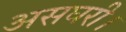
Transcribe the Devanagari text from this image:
असघरी।